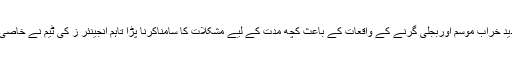
ترجمان نے کہا ہے کہ فاروڈکہوٹہ اورملحقہ علاقوں میں لینڈ لائن صارفین کو گزشتہ دنوں کے شدید خراب موسم اوربجلی گرنے کے واقعات کے باعث کچھ مدت کے لیے مشکلات کا سامناکرنا پڑا تاہم انجینئر ز کی ٹیم نے خاصی حد تک سسٹم کو ٹھیک کرلیا ہے اوربہت ہی مختصروقت میں تمام فون بحال کردیئے جائیں گے ۔